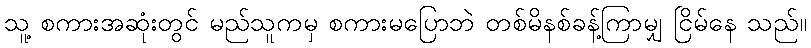
သူ့ စကားအဆုံးတွင် မည်သူကမှ စကားမပြောဘဲ တစ်မိနစ်ခန့်ကြာမျှ ငြိမ်နေ သည်။